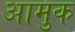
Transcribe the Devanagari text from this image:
आमुक